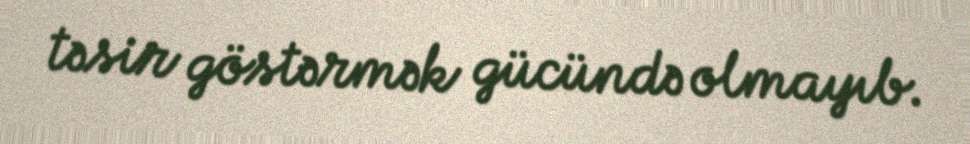
təsir göstərmək gücündə olmayıb.